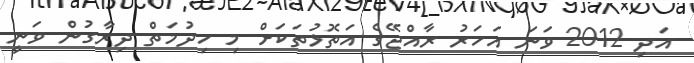
އަދި 2012 ވަނަ އަހަރު ރާއްޖޭގެ އަތޮޅުތަކަށް މި ހިދުމަތް ދިރާގުން ވަނީ